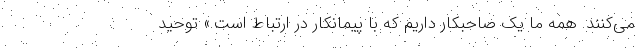
می‌کنند. همه ما یک صاحبکار داریم که با پیمانکار در ارتباط است.» توحید